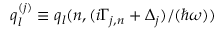
q _ { l } ^ { ( j ) } \equiv q _ { l } ( n , { ( i \Gamma _ { j , n } + \Delta _ { j } ) } / { ( \hbar \omega ) } )